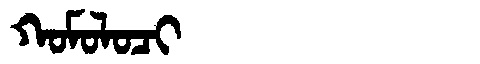
Manchu: ᡴᠣᠮᠣᠯᠣᠴᡳ
Romanization: KOMOLOCI